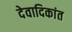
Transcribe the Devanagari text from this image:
देवादिकांत